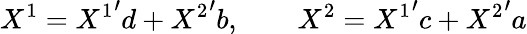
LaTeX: X^{1}={X^{1}}^{\prime}d+{X^{2}}^{\prime}b,\qquad X^{2}={X^{1}}^{\prime}c+{X^{2}}^{\prime}a